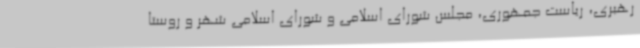
رهبری، ریاست جمهوری، مجلس شورای اسلامی و شورای اسلامی شهر و روستا